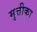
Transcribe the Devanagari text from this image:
मृत्तीका